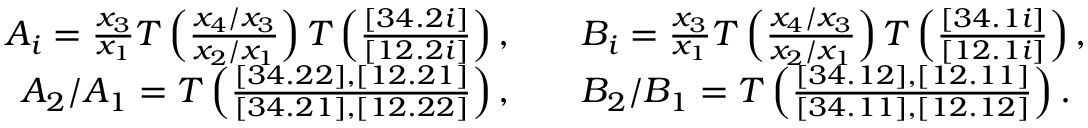
\begin{array} { r l } { A _ { i } = \frac { x _ { 3 } } { x _ { 1 } } T \left( \frac { x _ { 4 } / x _ { 3 } } { x _ { 2 } / x _ { 1 } } \right) T \left( \frac { [ 3 4 . 2 i ] } { [ 1 2 . 2 i ] } \right) , } & { \quad B _ { i } = \frac { x _ { 3 } } { x _ { 1 } } T \left( \frac { x _ { 4 } / x _ { 3 } } { x _ { 2 } / x _ { 1 } } \right) T \left( \frac { [ 3 4 . 1 i ] } { [ 1 2 . 1 i ] } \right) , } \\ { A _ { 2 } / A _ { 1 } = T \left( \frac { [ 3 4 . 2 2 ] , [ 1 2 . 2 1 ] } { [ 3 4 . 2 1 ] , [ 1 2 . 2 2 ] } \right) , } & { \quad B _ { 2 } / B _ { 1 } = T \left( \frac { [ 3 4 . 1 2 ] , [ 1 2 . 1 1 ] } { [ 3 4 . 1 1 ] , [ 1 2 . 1 2 ] } \right) . } \end{array}